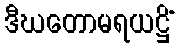
ဒီဃတောမရယဋ္ဌိံ